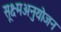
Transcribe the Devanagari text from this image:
सूक्ष्मअनुयोजन